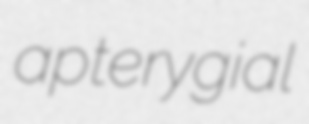
apterygial